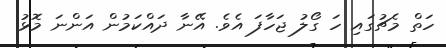
ހަތް މެޗުގައި ހަ ގޯލު ޖަހާފަ އެވެ. އޭނާ ދައްކަމުން އަންނަ މޮޅު